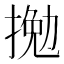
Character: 𢱍